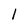
Character: 1